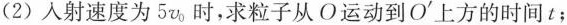
(2)入射速度为5v_{0}，时，求粒子从O运动到O^{\prime}上方的时间t；